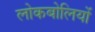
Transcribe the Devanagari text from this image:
लोकबोलियों